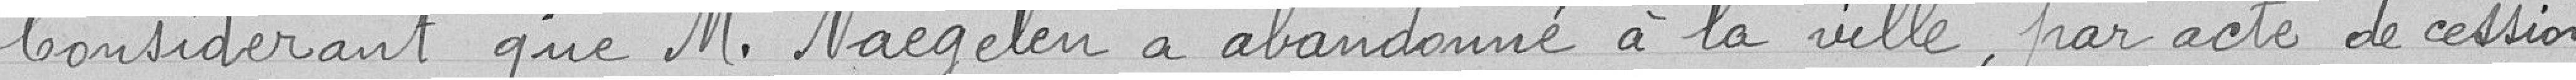
Considérant que Monsieur Naegelen a abandonné à la ville, par acte de cession